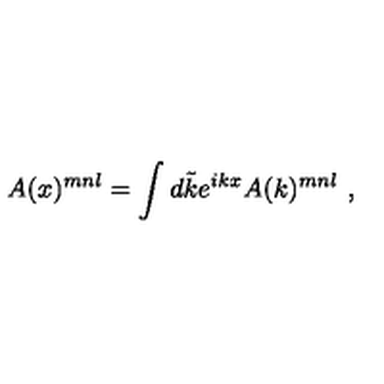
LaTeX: A ( x ) ^ { m n l } = \int d \tilde { k } e ^ { i k x } A ( k ) ^ { m n l } \ ,